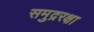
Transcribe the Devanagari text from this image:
समुद्ररक्षा